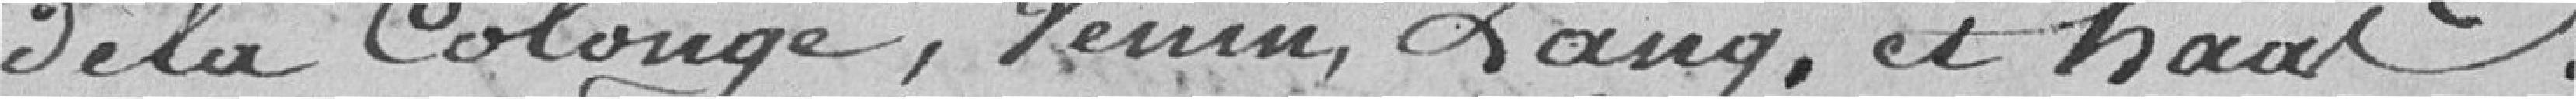
de la Colonge, Venin Lang, et Haas.